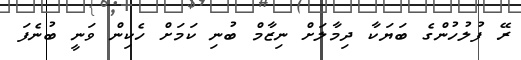
ރޭ ފުލުހުންގެ ބަޔަކާ ދިމާލަށް ނިޒާމް ބުނި ކަމަށް ހެކިން ވަނީ ބުނެފަ